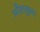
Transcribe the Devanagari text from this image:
औराक्तूबर